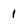
Character: 1